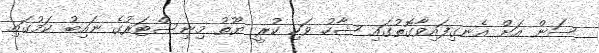
ސަން އަށް އެނގިފައިވާގޮތުގައި ޝާހު ވަކި ކުރީ ޔޫތު މިނިސްޓަރުގެ ނައިބު ކަމުގައި